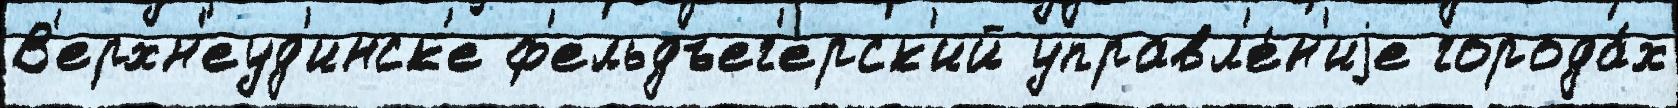
В'ерхн'еуд'инск'е ф'ельдъег'ерск'ий управл'е́н'иjе города́х